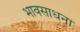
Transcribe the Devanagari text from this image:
भावसाधना